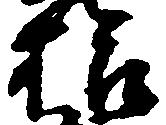
拾